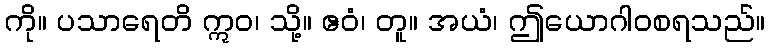
ကို။ ပသာရေတိ ဣဝ၊ သို့။ ဧဝံ၊ တူ။ အယံ၊ ဤယောဂါဝစရသည်။